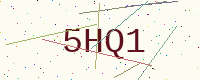
Text: 5HQ1